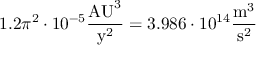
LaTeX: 1 . 2 \pi ^ { 2 } \cdot 1 0 ^ { - 5 } { \frac { { \mathrm { A U } } ^ { 3 } } { { \mathrm { y } } ^ { 2 } } } = 3 . 9 8 6 \cdot 1 0 ^ { 1 4 } { \frac { { \mathrm { m } } ^ { 3 } } { { \mathrm { s } } ^ { 2 } } }